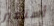
أستعير